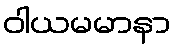
ဝါယမမာနာ